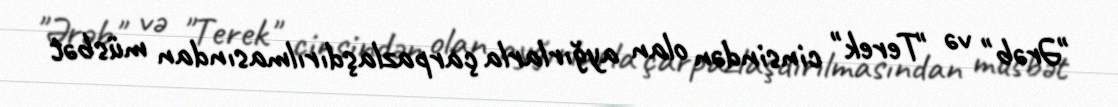
"Ərəb" və "Terek" cinsindən olan ayğırlarla çarpazlaşdırılmasından müsbət